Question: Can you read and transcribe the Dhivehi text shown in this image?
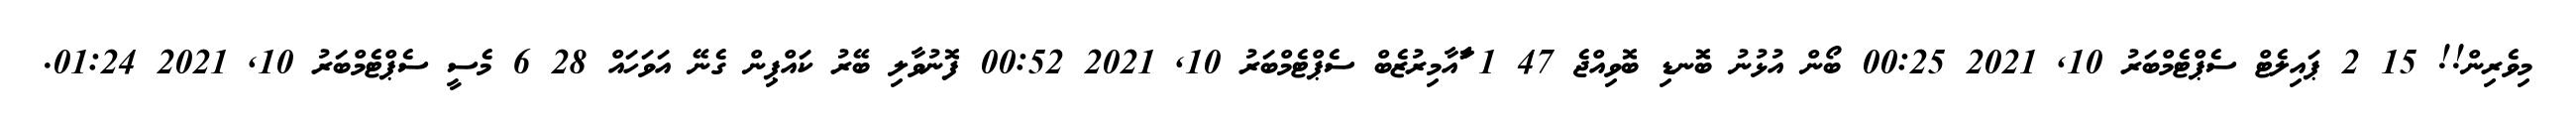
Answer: މިވެރިން!! 15 2 ޕައިލެޓް ސެޕްޓެމްބަރު 10, 2021 00:25 ބޯން އުޅުނު ބޮނޑި ބޮވިއްޖެ 47 1 ާަާއާމިރުޒެބް ސެޕްޓެމްބަރު 10, 2021 00:52 ފޮނުވާލި ބޭރު ކައްޕިން ގެނޭ އަވަހައް 28 6 މެސީ ސެޕްޓެމްބަރު 10, 2021 01:24.